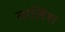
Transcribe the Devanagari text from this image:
तालिश